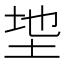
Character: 𫭩